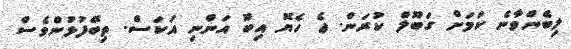
ލިބެންވާނެ ކަމަށް ގަބޫލް ކުރަން. ޢެ ހެޔޮ އިބޫ އަންނި އަކަސް. ތިބޭފުޅުންވެސް